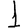
Digit: 1